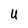
Character: U